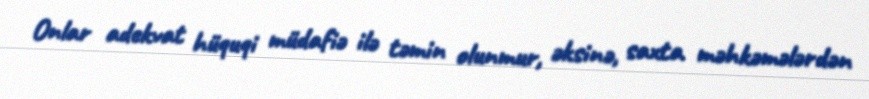
Onlar adekvat hüquqi müdafiə ilə təmin olunmur, əksinə, saxta məhkəmələrdən